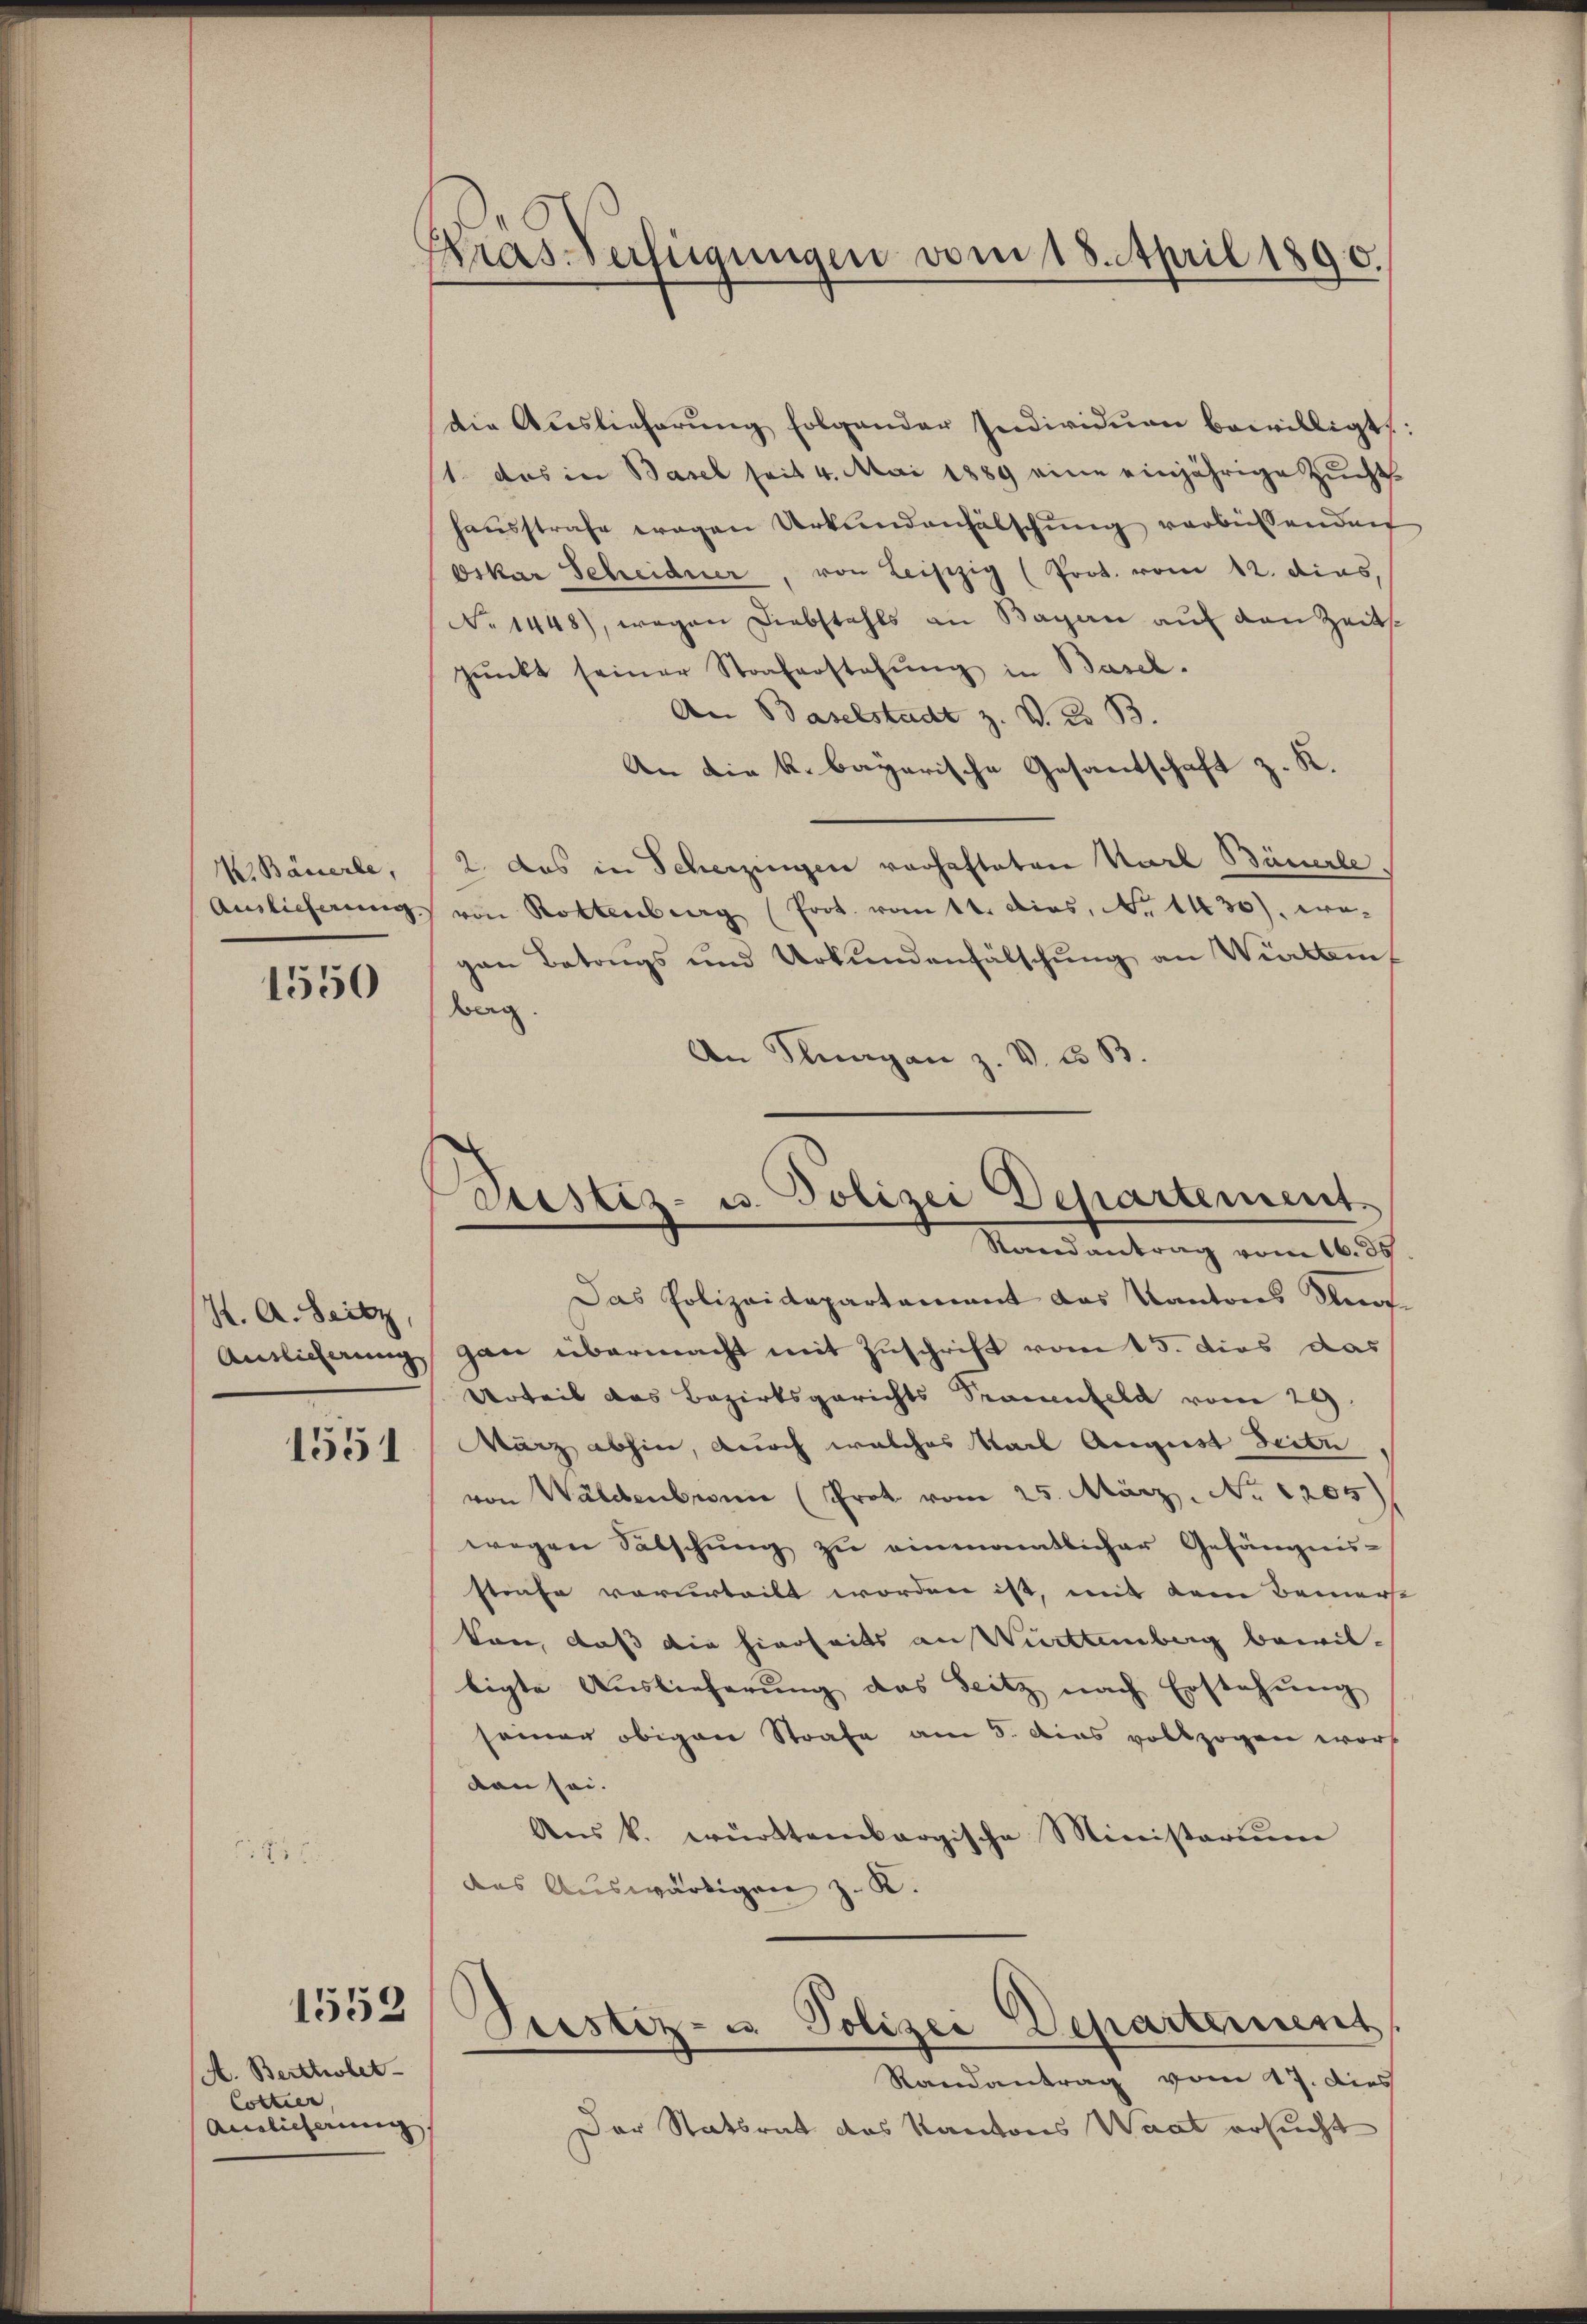
K. Bäuerle,

1550

K. A. Seitz,
1551

1552

A. Bertholet
Colter
Ainlicherung

tras Verfügungen vom 18. April 1890.

die Auslieferung folgender Individuen bewilligt.
1. das in Basel seit 4. Mai 1889 eine einjährige Zucht
haŭsstrafe erogen Urkundenfälschung verbüssenden
Oskar Scheidner, von Leiszig (Prot. vom 12. dies,
No 1448), wegen Diebstahls an Bagan auf den Zeits
pŭnkt seiner Straferstehung in Basel.
An Baselstadt z. V. K. B.
An die k. bayerische Gesantschaft z. K.
2. das in Scherzingen vorhafteten Karl Bäuerle
Auslieferŭng von Rottenberg (Prot. vott. dies, No. 1430), wegan Batings und Urkundenfälschung an Württemberg.
An Klagan z. V. 33 B.

Das Polizeidepartement das Kantons Unr
Antlicherung gan übermacht mit Zuschrift vom 15. dies das
Urteil das Bezirksgerichts Frauenfeld vom 29.
Wurz abhin, durch welches Karl August Seite
von Waldenberin (Prot. vom 25. März. No 1205)
wegen Satschŭng zu einmantlicher Gefängnis-
strafe verurteilt worden ist, mit dem Bemer
kon, daß die hierseits an Württemberg bewilligte Auslieferung das Seitz nach Erstehung
seiner obigen Strafe am 8. Das vollzogen wort
den sei.
Aŭs k. württembergische Ministerium
das Auswärtigen z. R.
Peistiz- u. Polizei Departement
Randantrag vom 17. dies
Der Statsrat das Kantons Waat ersucht

Stestiz- u. Polizei Departement
Randantrag vom 16. ds